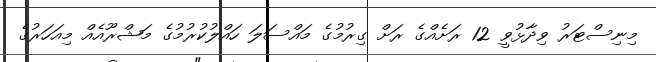
މިނިސްޓަރު ވިދާޅުވީ 12 ރަށެއްގެ ރަށް ގިރުމުގެ މައްސަލަ ހައްލުކުރުމުގެ މަޝްރޫއެއް މިއަހަރުގެ